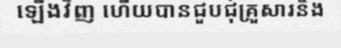
ឡើងវិញ ហើយបានជួបជុំគ្រួសារនិង